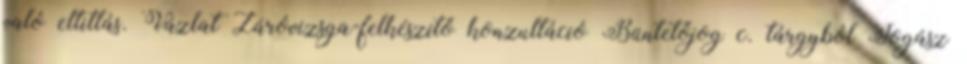
való eltiltás. Vázlat Záróvizsga-felkészítő konzultáció Büntetőjog c. tárgyból Jogász